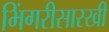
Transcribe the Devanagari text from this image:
भिंगरीसारखी